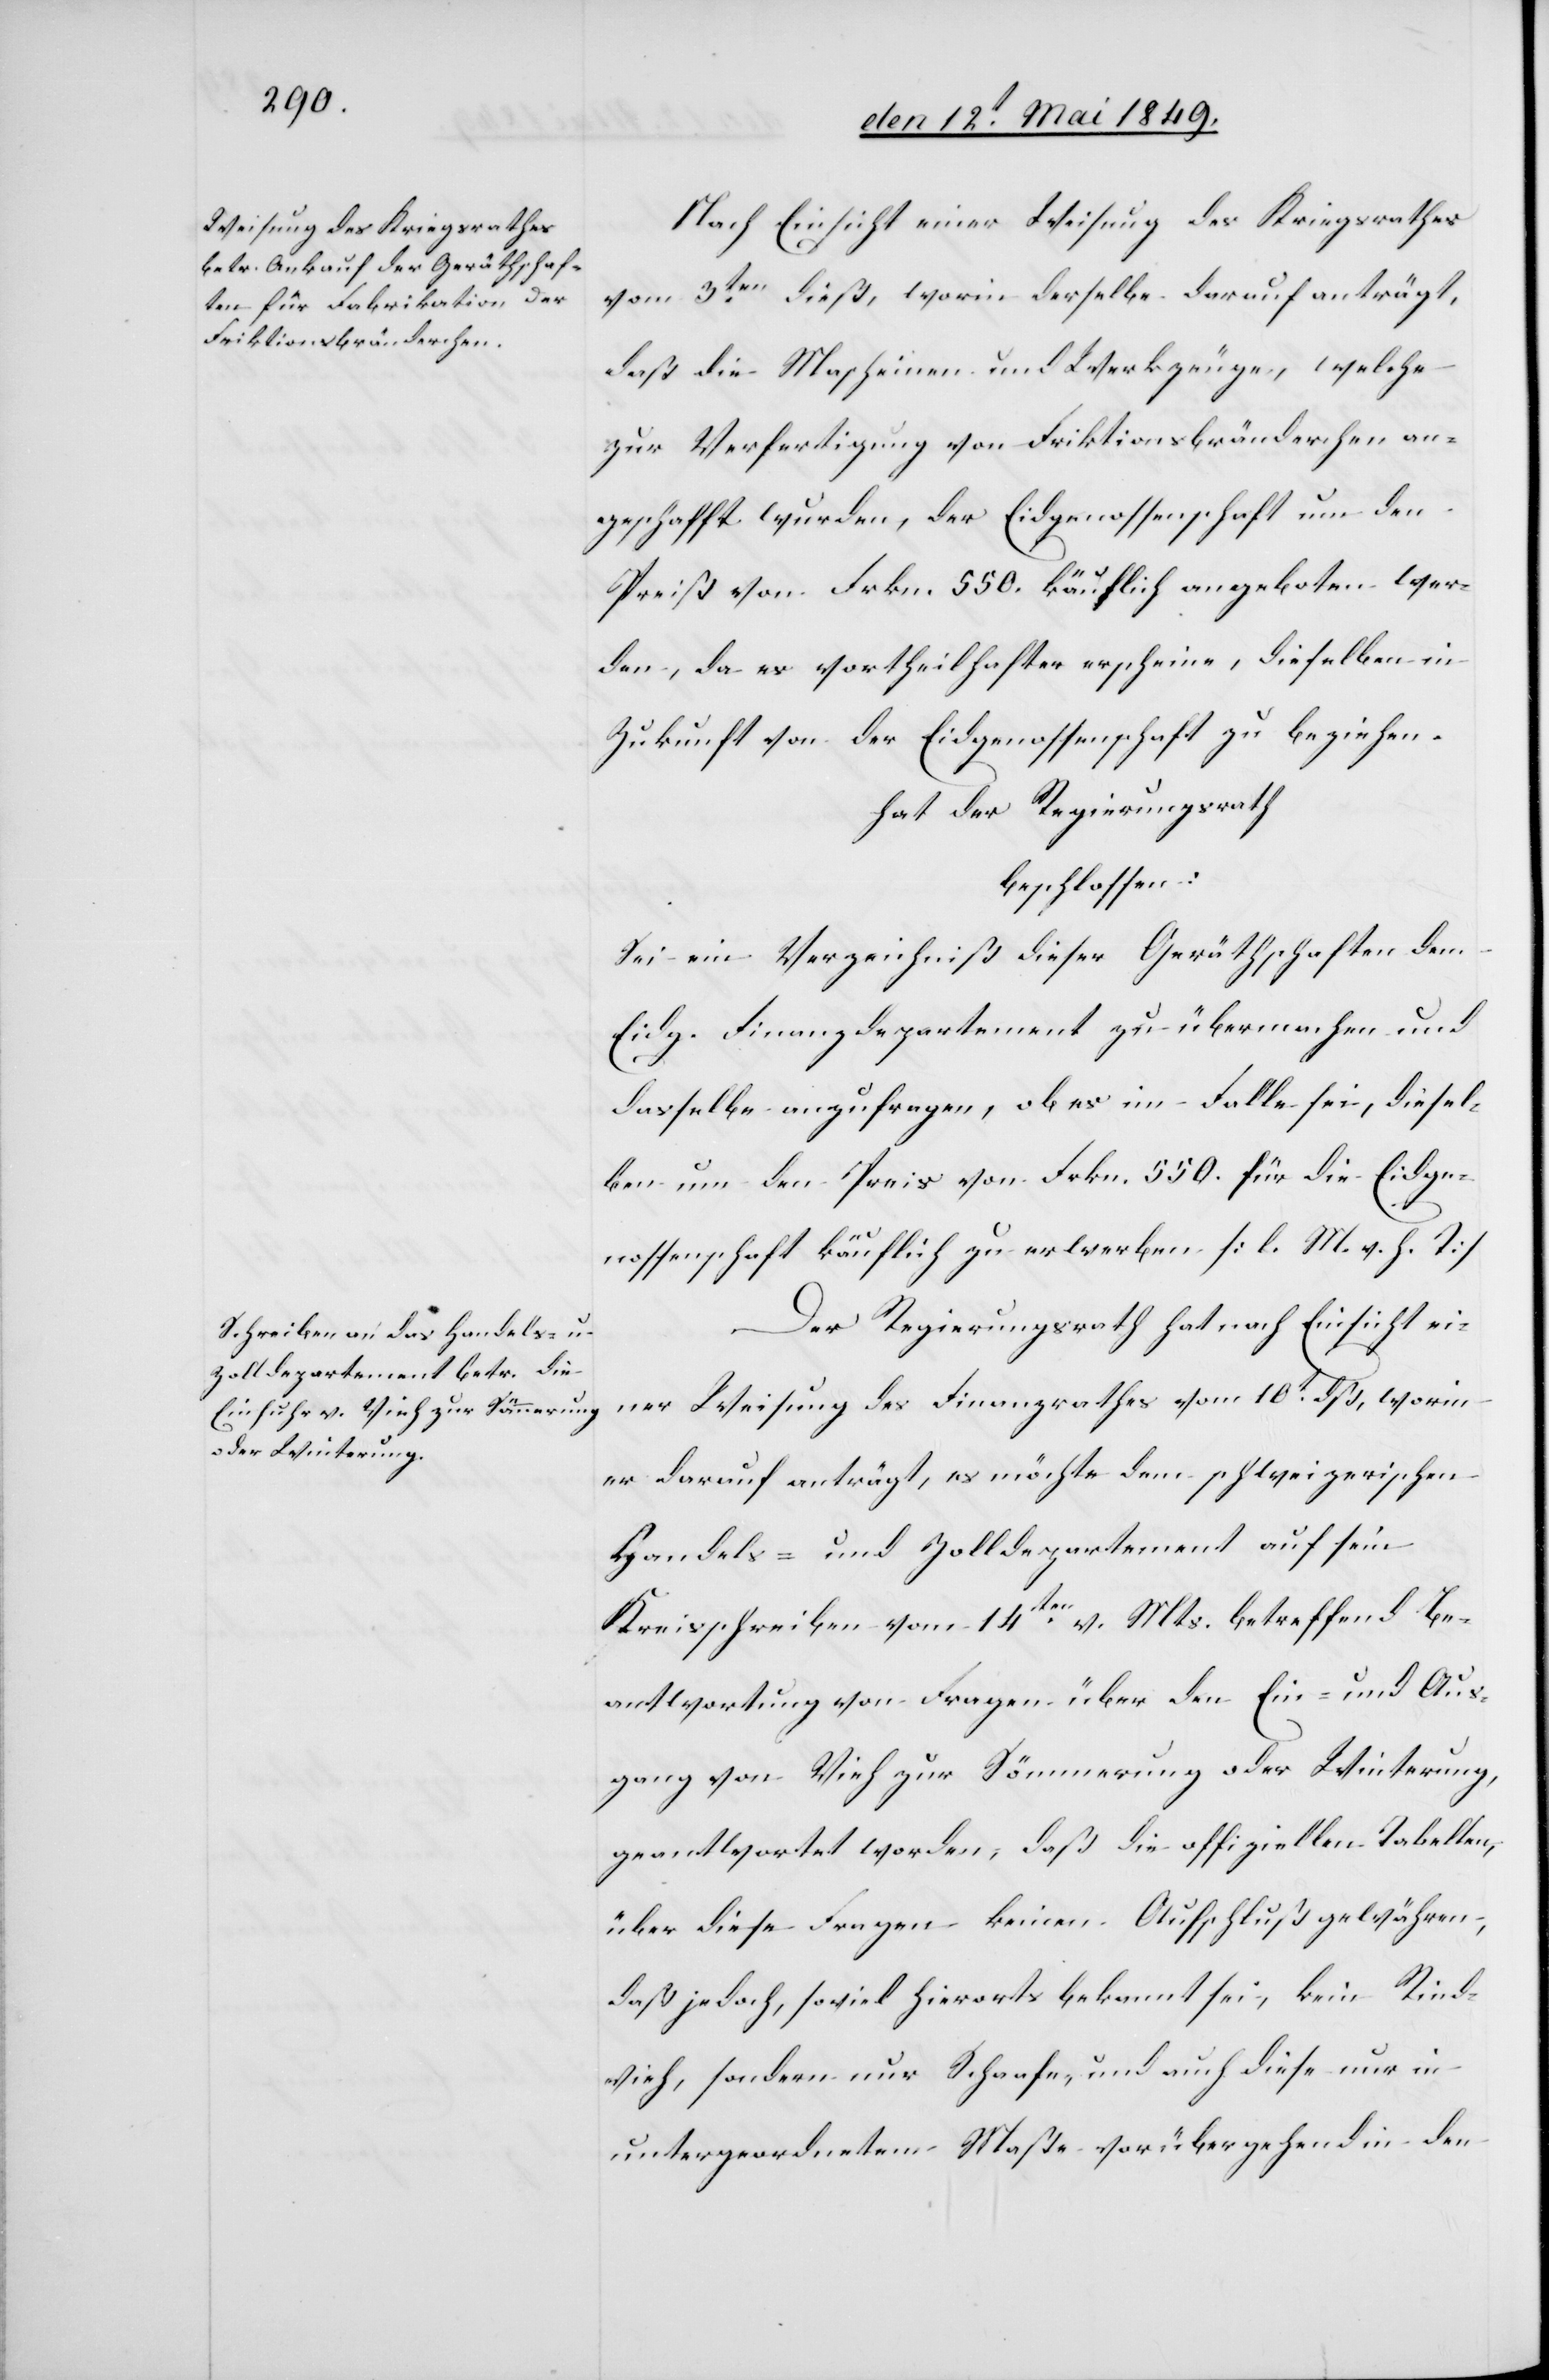
Nach Einsicht einer Weisung des Kriegsrathes
vom 3ten dieß, worin derselbe darauf anträgt,
daß die Mascheinen [sic!] und Werkzeuge, welche
zur Verfertigung von Friktionsbränderchen an¬
geschafft wurden, der Eidgenossenschaft um den
Preiß von Frkn. 550. käuflich angeboten wer¬
den, da es vortheilhafter erscheine, dieselben in
Zukunft von der Eidgenossenschaft zu beziehen.
hat der Regierungsrath
beschlossen:
Sei ein Verzeichniß dieser Geräthschaften dem
Eidg. Finanzdepartement zu übermachen und
dasselbe anzufragen, ob es im Falle sei, diesel¬
ben um den Preis von Frkn. 550. für die Eidge¬
nossenschaft käuflich zu erwerben [l. M. h. T][.]
Der Regierungsrath hat nach Einsicht ei¬
ner Weisung des Finanzrathes vom 10t dß, worin
er darauf anträgt, es möchte dem schweizerischen
Handels- und Zolldepartement auf sein
Kreisschreiben vom 14ten v. Mts. betreffend Be¬
antwortung von Fragen über den Ein- und Aus¬
gang von Vieh zur Sömmerung oder Winterung,
geantwortet worden, daß die offiziellen Tabellen,
über diese Fragen keinen Aufschluß gewähren,
daß jedoch, soviel hierorts bekannt sei, kein Rind¬
vieh, sondern nur Schaafe, und auch diese nur in
untergeordnetem Maße vorübergehend in den